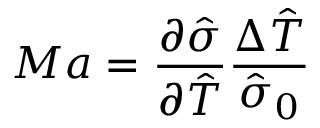
M a = \frac { \partial \hat { \sigma } } { \partial \hat { T } } \frac { \Delta \hat { T } } { \hat { \sigma } _ { 0 } }